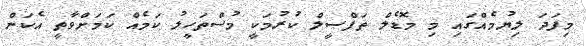
މިފަދަ ލިޔުމެއްގައި މި މޮޑެލް ތަފްޞީލް ކުރުމަކީ މުސްތަހީލު ކަމެއް ކަމަށްވާތީ އެކަން